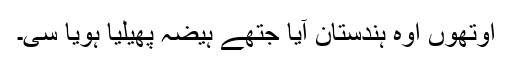
اوتھوں اوہ ہندستان آیا جتھے ہیضہ پھیلیا ہویا سی۔